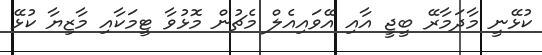
ކުޅޭނީ މާދަމާރޭ ބީޖީ އާއި އޭވައިއެލް މެޗުން މޮޅުވާ ޓީމަކާއި މާޒިޔާ ކުޅޭ